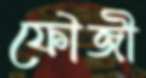
ফৌজী